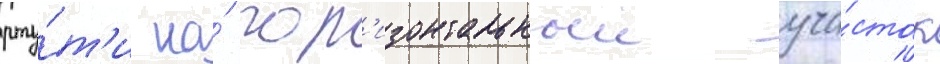
рту́т'и на́ гор'изонтальныи уча́сток